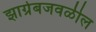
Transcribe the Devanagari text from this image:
झाग्रेबजवळील